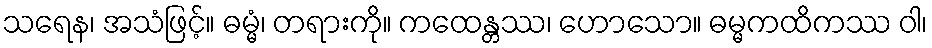
သရေန၊ အသံဖြင့်။ ဓမ္မံ၊ တရားကို။ ကထေန္တဿ၊ ဟောသော။ ဓမ္မကထိကဿ ဝါ၊